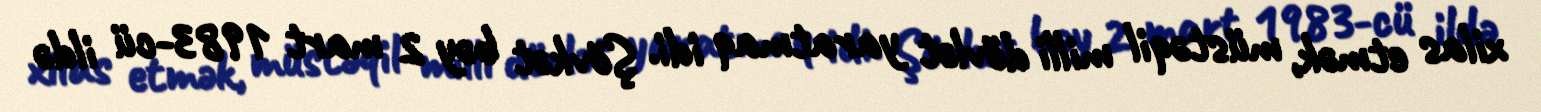
xilas etmək, müstəqil milli dövlət yaratmaq idi. Şövkət bəy 2 mart 1983-cü ildə